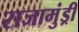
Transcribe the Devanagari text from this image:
राजामुंड्री